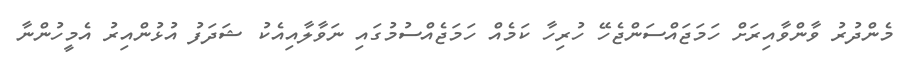
މެންދުރު ވާންވާއިރަށް ހަމަޖައްސަންޖެހޭ ހުރިހާ ކަމެއް ހަމަޖެއްސުމުގައި ނަވާލާއިއެކު ޝަދަފު އުޅުންއިރު އެމީހުންނާ